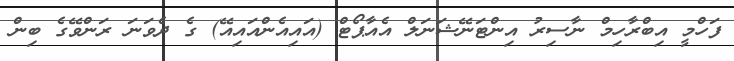
ފަހްމީ އިބްރާހިމް ނާސިރު އިންޓަނޭޝަނަލް އެއާޕޯޓް (އައިއެންއައިއޭ) ގެ ދެވަނަ ރަންވޭގެ ބިން